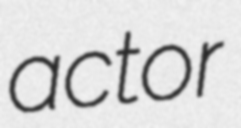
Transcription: actor